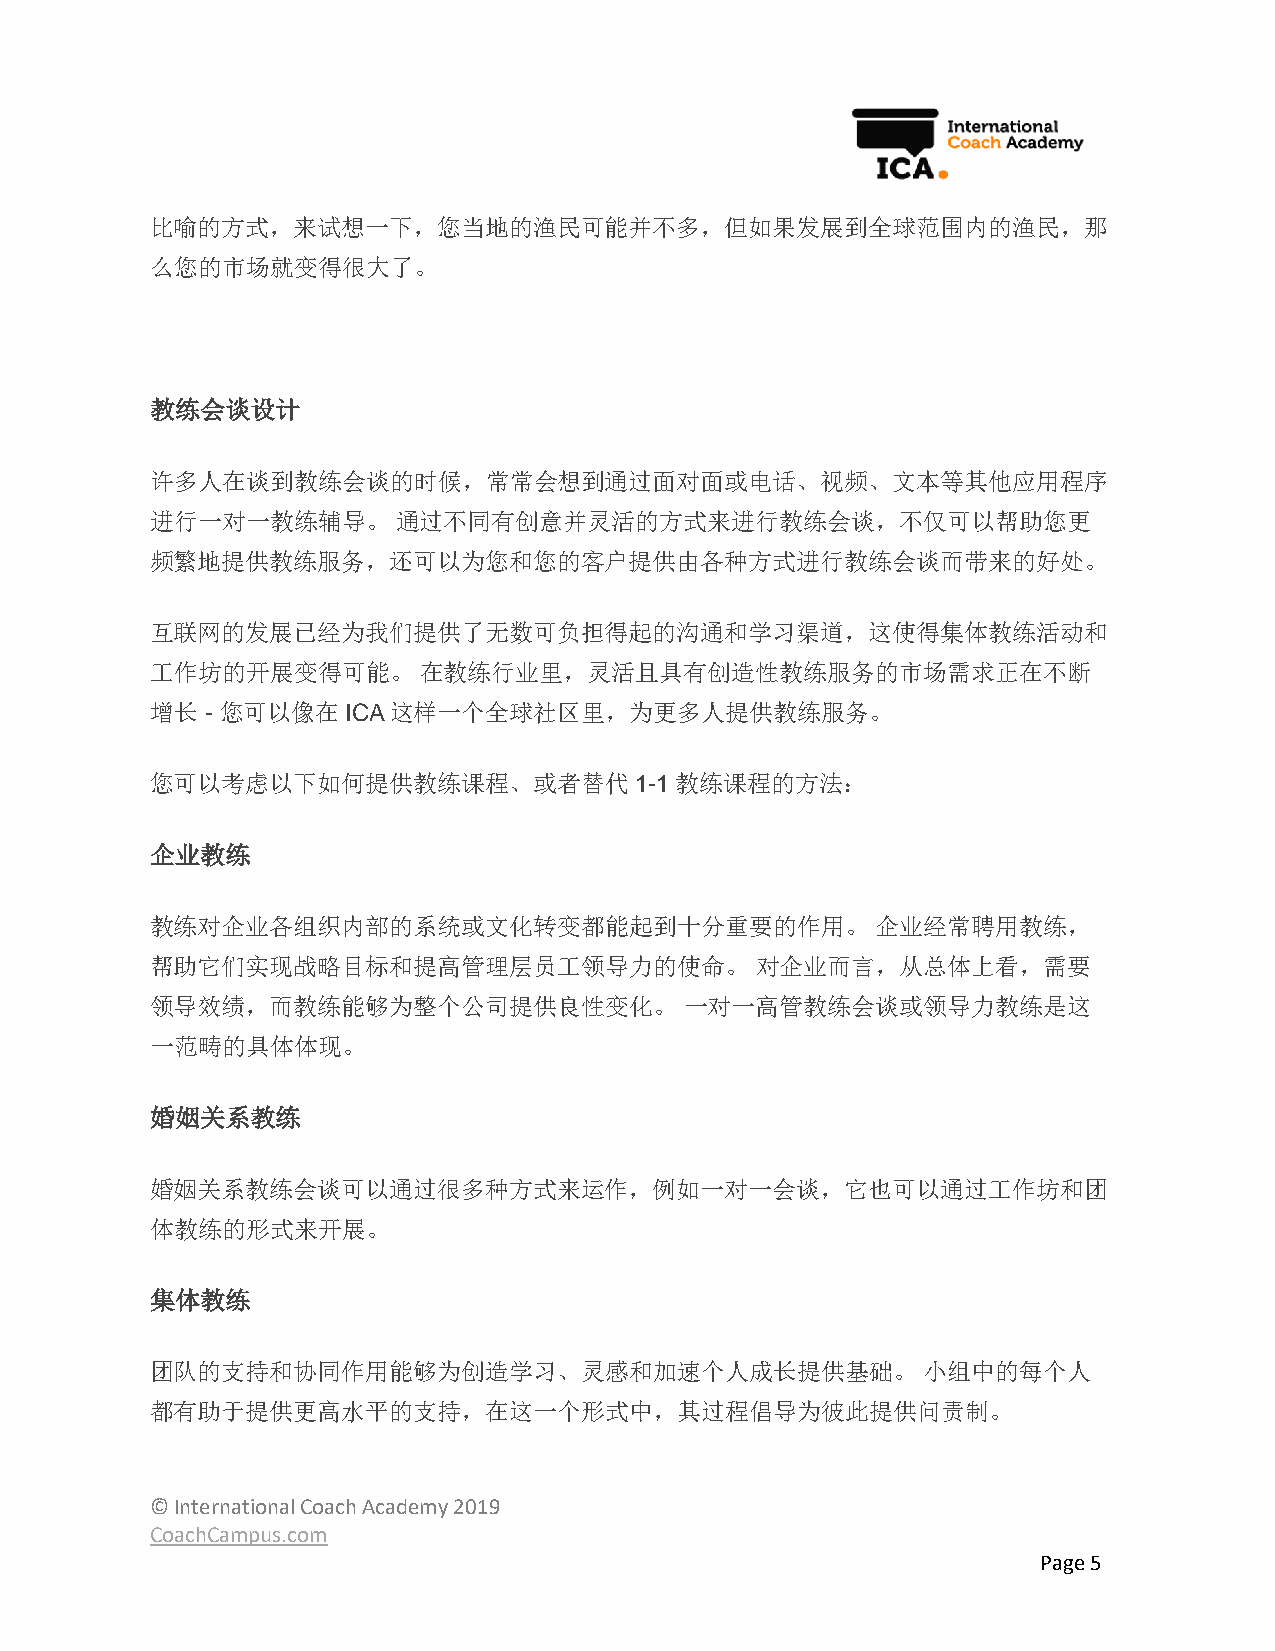
比喻的方式，来试想一下，您当地的渔民可能并不多，但如果发展到全球范围内的渔民，那
 么您的市场就变得很大了。
 教练会谈设计
 许多人在谈到教练会谈的时候，常常会想到通过面对面或电话、视频、文本等其他应用程序
 进行一对一教练辅导。      通过不同有创意并灵活的方式来进行教练会谈，不仅可以帮助您更
 频繁地提供教练服务，还可以为您和您的客户提供由各种方式进行教练会谈而带来的好处。
 互联网的发展已经为我们提供了无数可负担得起的沟通和学习渠道，这使得集体教练活动和
 工作坊的开展变得可能。       在教练行业里，灵活且具有创造性教练服务的市场需求正在不断
 增长  - 您可以像在ICA这样一个全球社区里，为更多人提供教练服务。
 您可以考虑以下如何提供教练课程、或者替代1-1教练课程的方法：
 企业教练
 教练对企业各组织内部的系统或文化转变都能起到十分重要的作用。                  企业经常聘用教练，
 帮助它们实现战略目标和提高管理层员工领导力的使命。               对企业而言，从总体上看，需要
 领导效绩，而教练能够为整个公司提供良性变化。             一对一高管教练会谈或领导力教练是这
 一范畴的具体体现。
 婚姻关系教练
 婚姻关系教练会谈可以通过很多种方式来运作，例如一对一会谈，它也可以通过工作坊和团
 体教练的形式来开展。
 集体教练
 团队的支持和协同作用能够为创造学习、灵感和加速个人成长提供基础。                   小组中的每个人
 都有助于提供更高水平的支持，在这一个形式中，其过程倡导为彼此提供问责制。
 © International Coach Academy 2019
 CoachCampus.com
 Page 5